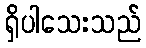
ရှိပါသေးသည်